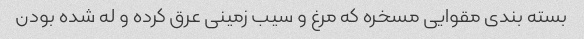
بسته بندی مقوایی مسخره که مرغ و سیب زمینی عرق کرده و له شده بودن